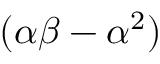
( \alpha \beta - \alpha ^ { 2 } )